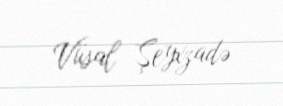
Vüsal Şeyxzadə